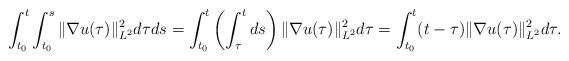
LaTeX: \begin{align*}\int_{t_0}^t \int_{t_0}^s \|\nabla u(\tau)\|^2_{L^2} d\tau ds = \int_{t_0}^t \left(\int_{\tau}^t ds\right) \|\nabla u(\tau)\|^2_{L^2} d\tau = \int_{t_0}^t (t-\tau) \|\nabla u(\tau)\|^2_{L^2} d\tau.\end{align*}